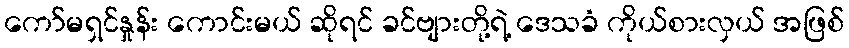
ကော်မရှင်နှုန်း ကောင်းမယ် ဆိုရင် ခင်ဗျားတို့ရဲ့ ဒေသခံ ကိုယ်စားလှယ် အဖြစ်